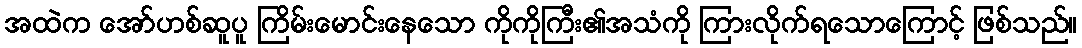
အထဲက အော်ဟစ်ဆူပူ ကြိမ်းမောင်းနေသော ကိုကိုကြီး၏အသံကို ကြားလိုက်ရသောကြောင့် ဖြစ်သည်။